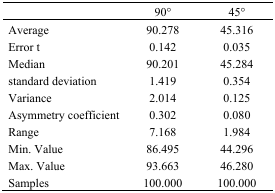
|  | 90° | 45° |
 | --- | --- | --- |
 | Average | 90.278 | 45.316 |
 | Error t | 0.142 | 0.035 |
 | Median | 90.201 | 45.284 |
 | standard deviation | 1.419 | 0.354 |
 | Variance | 2.014 | 0.125 |
 | Asymmetry coefficient | 0.302 | 0.080 |
 | Range | 7.168 | 1.984 |
 | Min. Value | 86.495 | 44.296 |
 | Max. Value | 93.663 | 46.280 |
 | Samples | 100.000 | 100.000 |